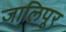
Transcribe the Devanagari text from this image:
जालिपूर